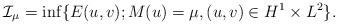
LaTeX: \begin{align*}\mathcal{I}_{\mu}=\inf\{E(u,v); M(u)=\mu, (u,v)\in H^1\times L^2\}. \end{align*}